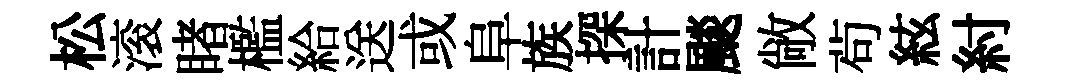
松滚睹檻給送或阜族探計颷敞茍絃紂